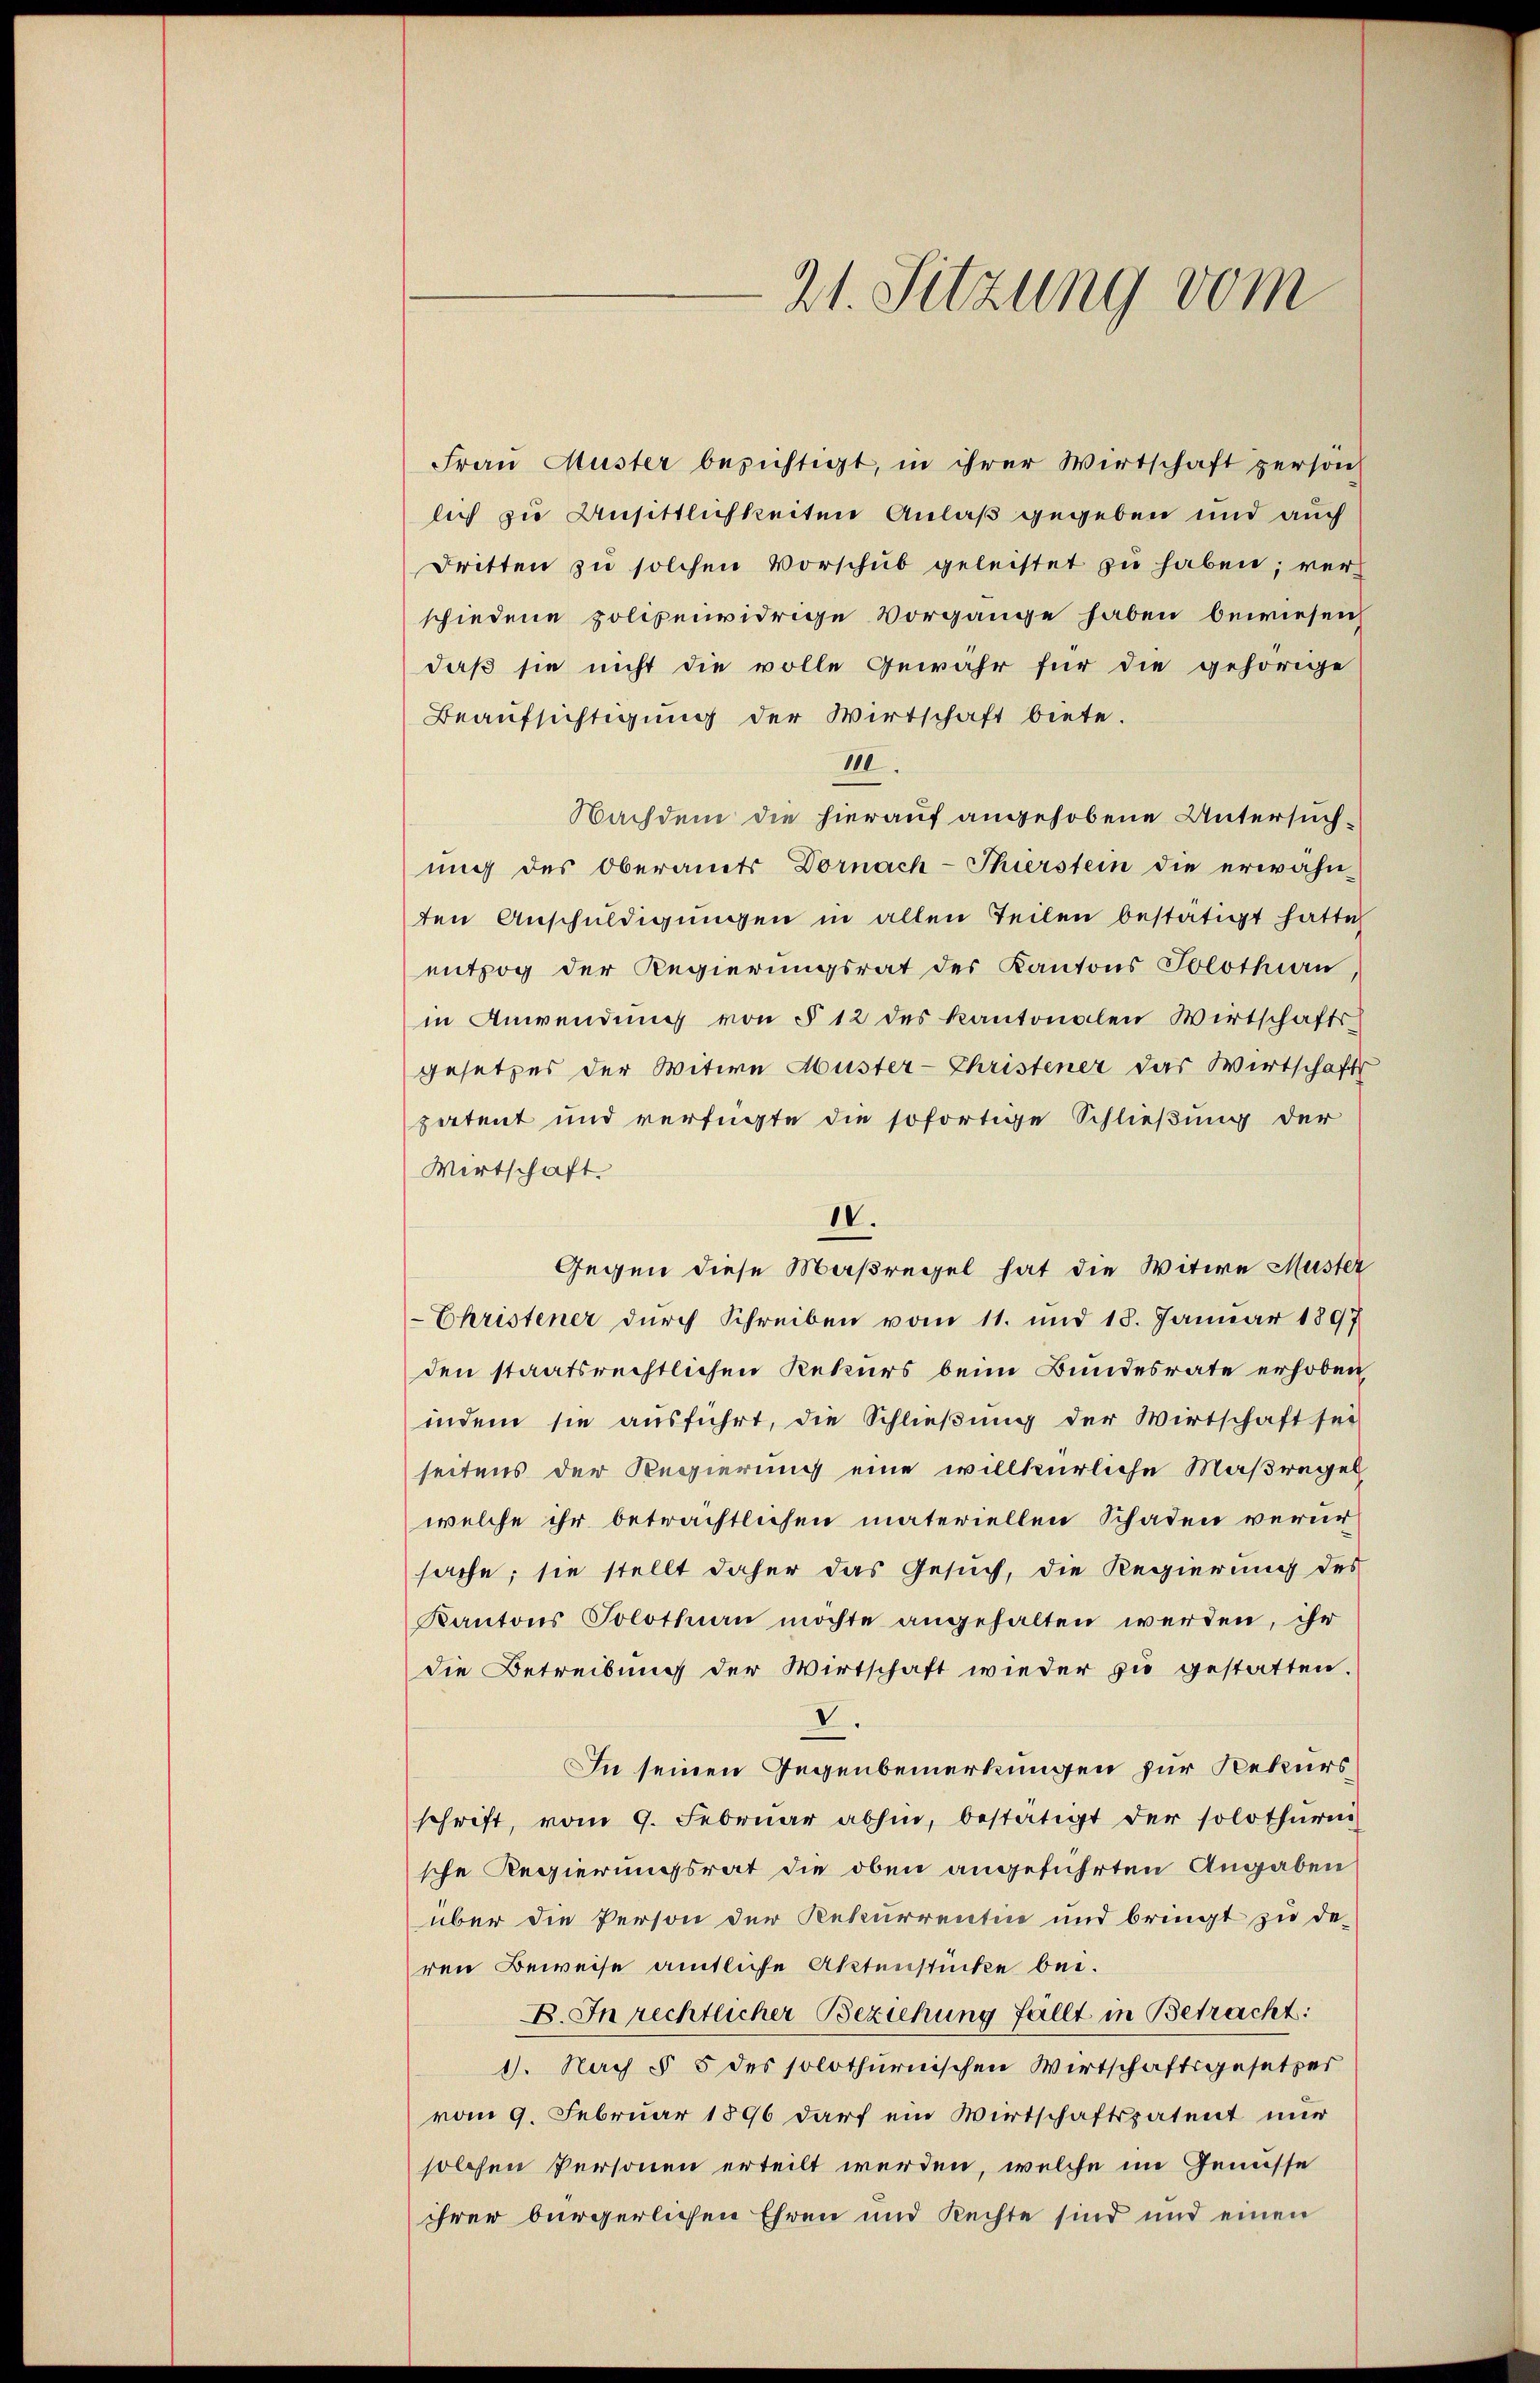
Frau Muster besichtigt, in ihrer Wirtschaft person
lich zu Ansittlichkeiten Anlaß gegeben und auch
Dritten zŭ solchen Vorschŭb geleistet zu haben; verschiedene polizeiwidrige Vorgänge haben bewiesen,
daß sie nicht die volle Gewähr für die gehörige
Beaufsichtigung der Wirtschaft biete.
111.
Nachdem die hierauf angehobene Untersuchung des Oberamts Dornach-Thierstein die erwähn-
ten Anschuldigungen in allen Teilen bestätigt hatte
entzog der Regierungsrat des Kantons Solothurn,
in Anwendŭng von § 12 des Kantonalen Wirtschafts-
gesetzes der Witwe Muster- Christener das Wirtschafts
patent und verfügte die sofortige Schließung der
Wirtschaft.
IV.
Gegen diese Maßregel hat die Witwe Muster
Christener durch Schreiben vom 11. und 18. Januar 1897
den staatsrechtlichen Rekurs beim Bundesrate erhoben,
indem sie ausführt, die Schließung der Wirtschaft sei
seitens der Regierung eine willkürliche Maßregel
welche ihr beträchtlichen materiellen Schaden verur
sache; sie stellt daher das Gesuch, die Regierung des
Kantons Solothurn möchte angehalten werden, ihr
die Betreibung der Wirtschaft wieder zu gestatten.
V.
In seinen Gegenbemerkungen für Rekursschrift, vom 9. Februar abhin, bestätigt der solothurni
sche Regierungsrat die oben angeführten Angaben
über die Person der Rekurrentie und bringt zu de-
ren Beweise amtliche Aktenstücke bei.
B. In rechtlicher Beziehung fällt in Betracht:
1. Nach § 5 des solothurnischen Wirtschaftsgesetzer
vom 9. Februar 1896 darf ein Wirtschaftspatent nur
solchen Personen erteilt werden, welche im Genüsse
ihrer bürgerlichen Ehren und Rechte sind und einen

21. Sitzung vom